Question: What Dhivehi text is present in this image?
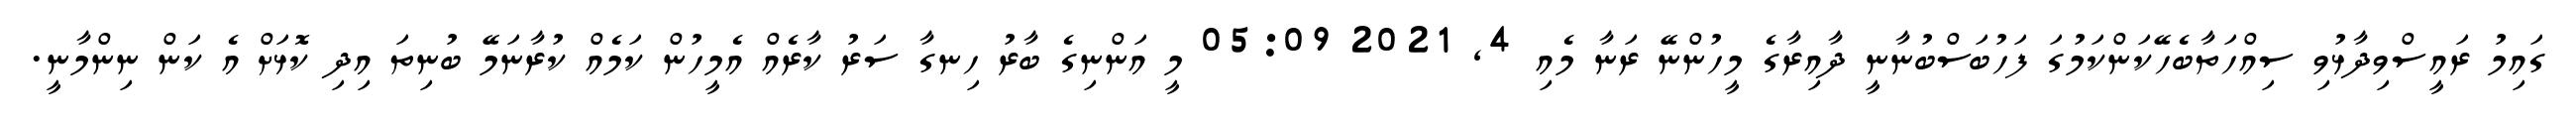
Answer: ގައިމު ރައީސްވިދާޅުވި ސިއްހަތާބެހޭކަންކަމުގަ ފަހުބަސްބުނާނީ ދާއިރާގެ މީހުންނޭ ރަނާ މެއި 4, 2021 05:09 މީ އަންނިގެ ބާރު ހިނގާ ސަރު ކާރެއް އެމީހުން ކަމެއް ކުރާނަމޭ ބުނިތަ އިދި ކޮޅަށް އެ ކަން ނިންމާނީ.